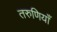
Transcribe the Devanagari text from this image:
तरुणियाँ